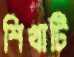
শিখাটি